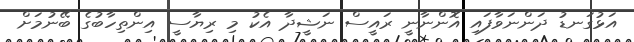
އަޅުގަނޑު ދަންނަވާފައި އޮންނާނީ ރައީސް ނަޝީދާ އެކު މި ރިޔާސީ އިންތިހާބުގެ ބޭނުމަށް